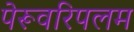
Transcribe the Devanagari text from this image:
पेरूवरिपलम